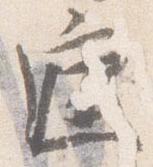
庭